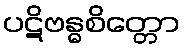
ပဋိဗန္ဓစိတ္တော